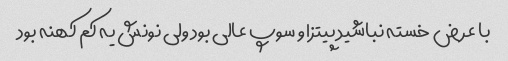
با عرض خسته نباشید پیتزا و سوپ عالی بود ولی نونش یه کم کهنه بود